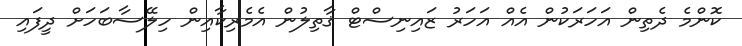
ކޮންމެ ދެތިން އަހަރަކުން އެއް އަހަރު ޒައިނިސްޓް ޤާތިލުން އެމެރިކާއިން ހިލޭސާބަހަށް ދީފައި